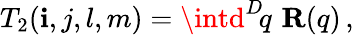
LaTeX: T_{2}(\mathbf{i},j,l,m)=\intd^{D}\! q\, \, {\mathbf{R}}(q)\, ,